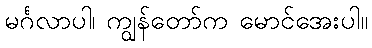
မင်္ဂလာပါ၊ ကျွန်တော်က မောင်အေးပါ။